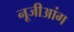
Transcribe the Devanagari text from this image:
नूजीआंग